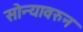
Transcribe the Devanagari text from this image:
सोन्यावरुन